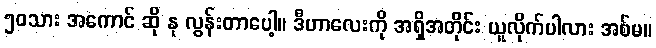
၅၀သား အကောင် ဆို နု လွန်းတာပေါ့။ ဒီဟာလေးကို အရှိအတိုင်း ယူလိုက်ပါလား အစ်မ။